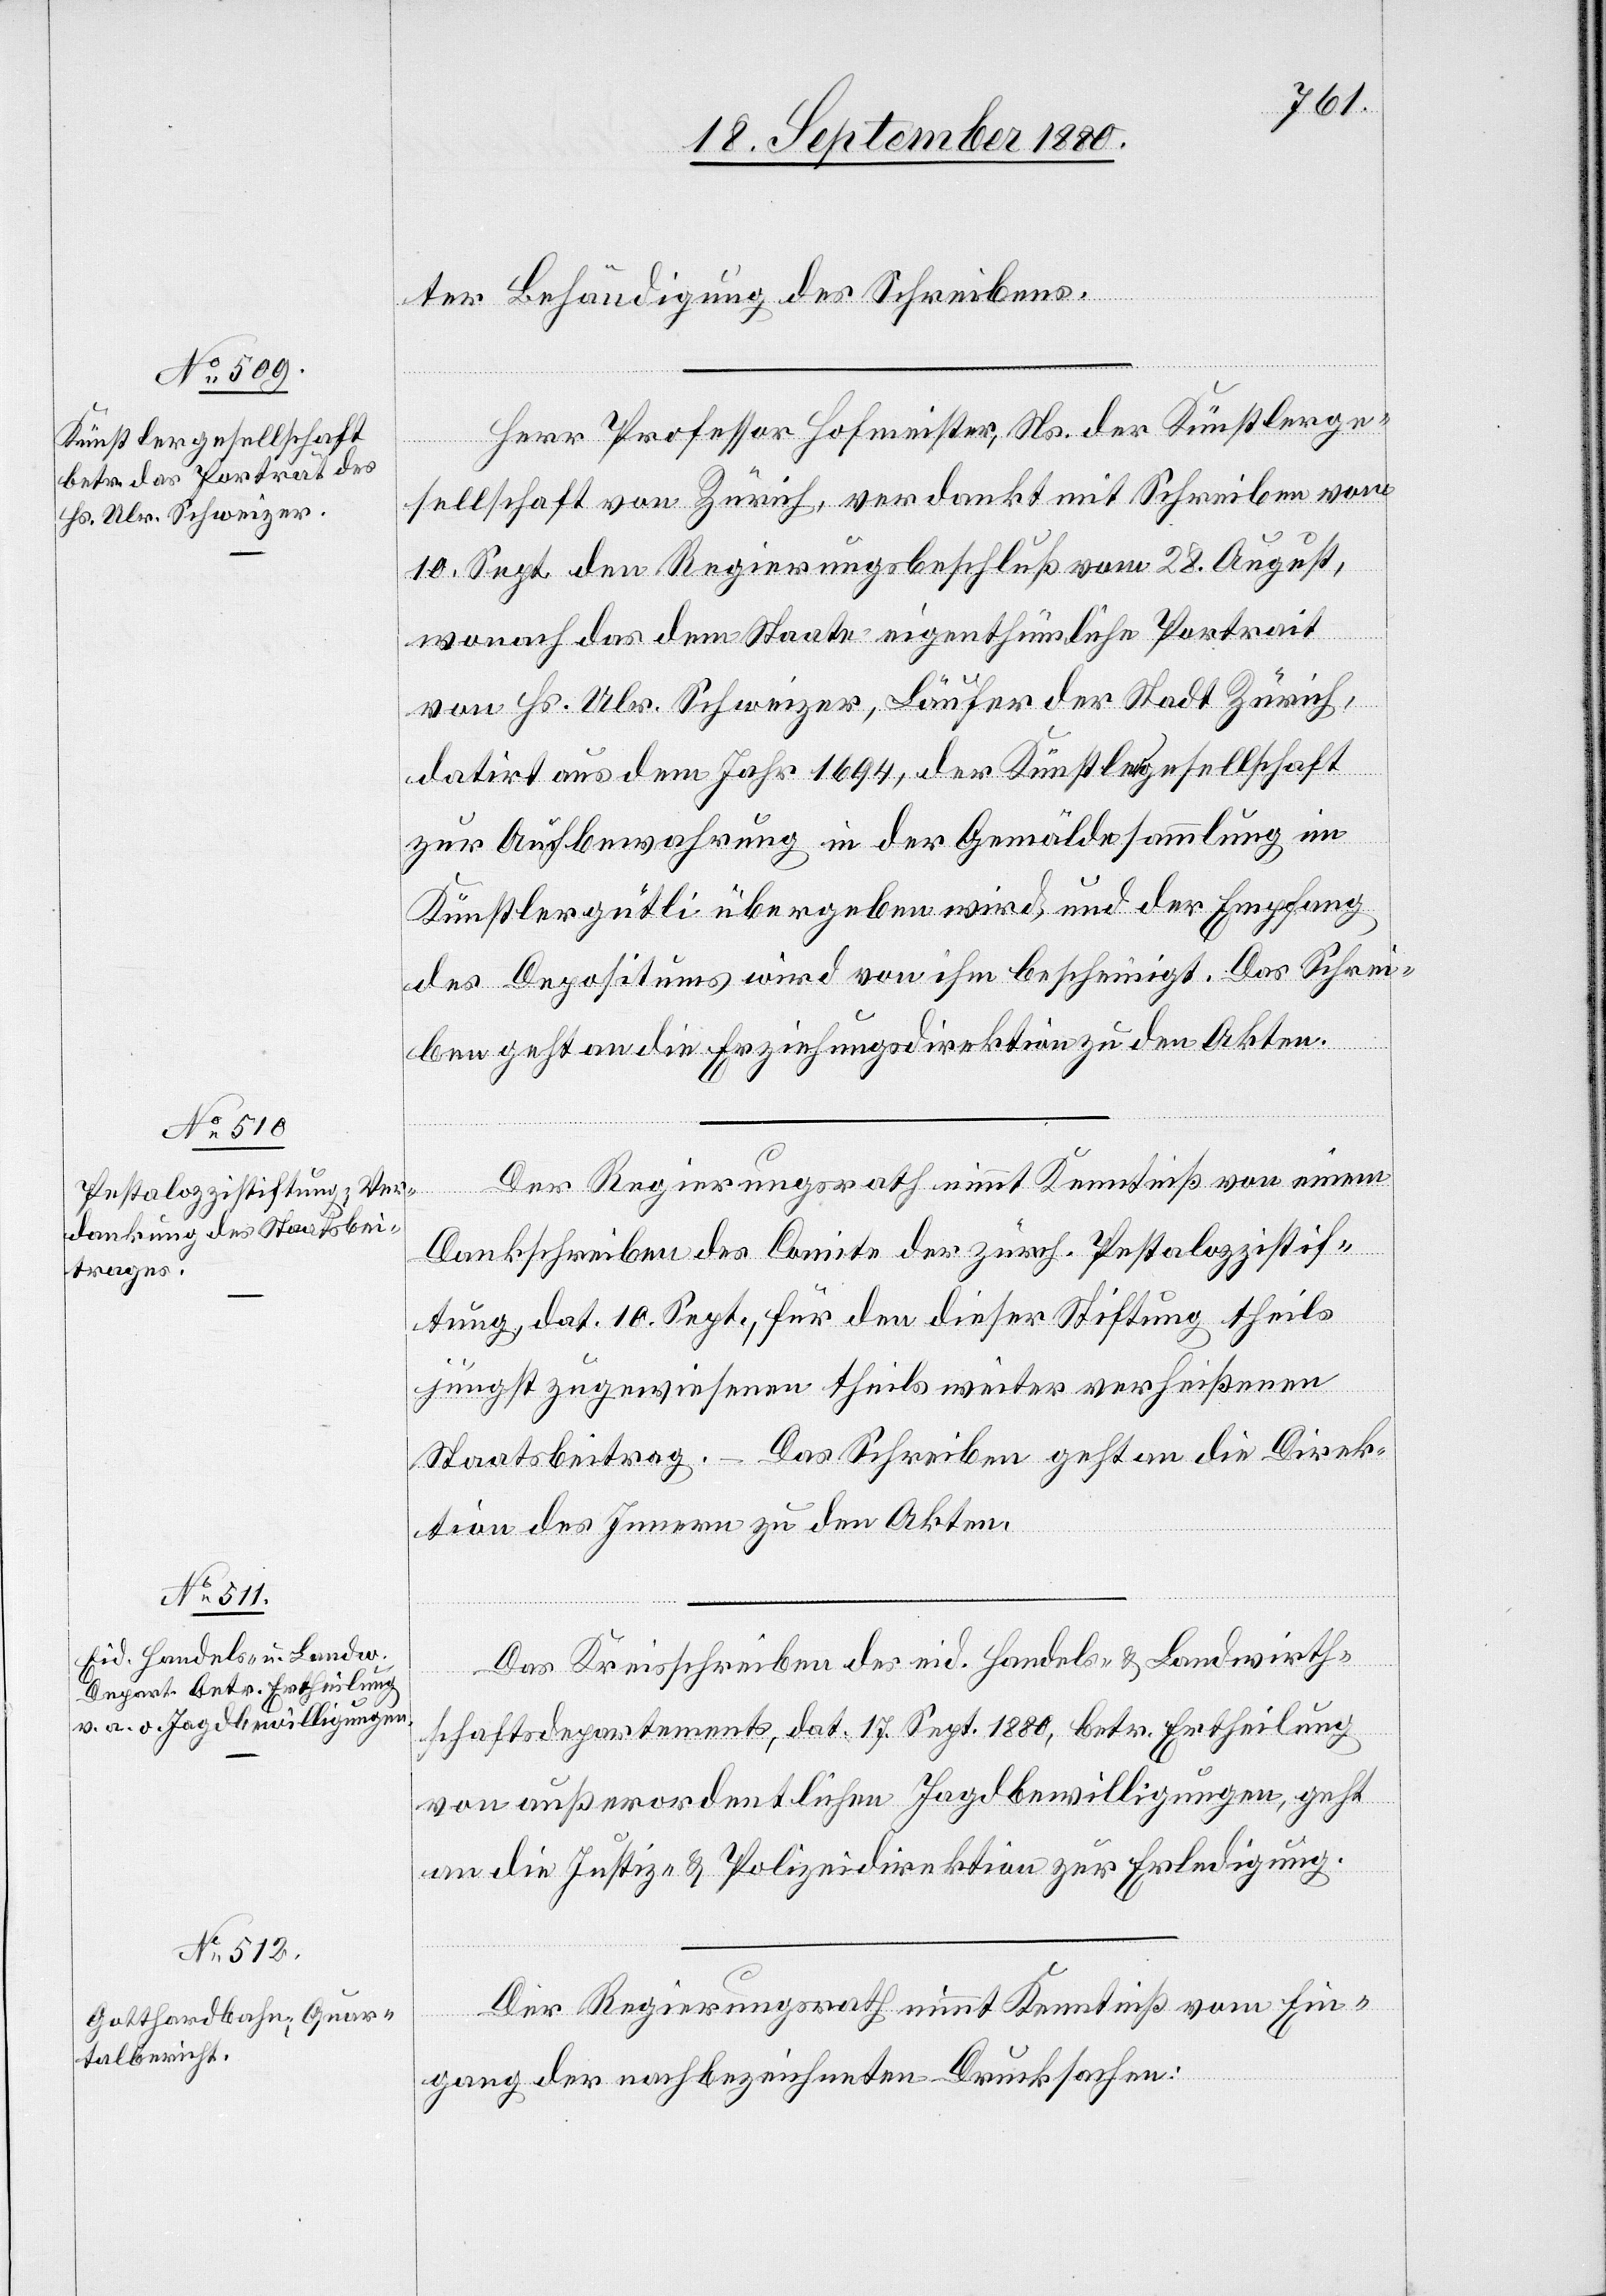
ter Behändigung des Schreibens.
Herr Professor Hofmeister, Ns. der Künstlerge¬
sellschaft von Zürich, verdankt mit Schreiben vom
10. Sept. den Regierungsbeschluß vom 28. August,
wonach das dem Staate eigenthümliche Portrait
von Hs. Ulr. Schweizer, Läufer der Stadt Zürich,
datirt aus dem Jahr 1694, der Künstlergesellschaft
zur Aufbewahrung in der Gemäldesammlung im
Künstlergütli übergeben wird, und der Empfang
des Depositums wird von ihm bescheinigt. Das Schrei¬
ben geht an die Erziehungsdirektion zu den Akten.
Der Regierungsrath nimmt Kenntniß von einem
Dankschreiben des Comite der zürch. Pestalozzistif¬
tung, dat. 10. Sept., für den dieser Stiftung theils
jüngst zugewiesenen theils weiter verheißenen
Staatsbeitrag. Das Schreiben geht an die Direk¬
tion des Innern zu den Akten.
Das Kreisschreiben des eid. Handels- & Landwirth¬
schaftsdepartements, dat. 17. Sept. 1880, betr. Ertheilung
von außerordentlichen Jagdbewilligungen, geht
an die Justiz- & Polizeidirektion zur Erledigung.
Der Regierungsrath nimmt Kenntniß vom Ein¬
gang der nachbezeichneten Drucksachen: